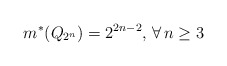
\begin{align*} m^*(Q_{2^n})=2^{2n-2}, \, \forall\, n\geq 3\end{align*}